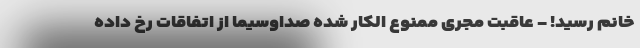
خانم رسید! - عاقبت مجری ممنوع الکار شده صداوسیما از اتفاقات رخ داده